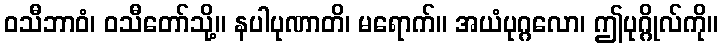
ဝသီဘာဝံ၊ ဝသီတော်သို့။ နပါပုဏာတိ၊ မရောက်။ အယံပုဂ္ဂလော၊ ဤပုဂ္ဂိုလ်ကို။